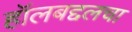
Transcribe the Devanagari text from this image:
हॉलबद्दलचा